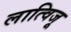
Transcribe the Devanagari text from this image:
लात्विजू